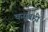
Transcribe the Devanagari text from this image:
कसबही